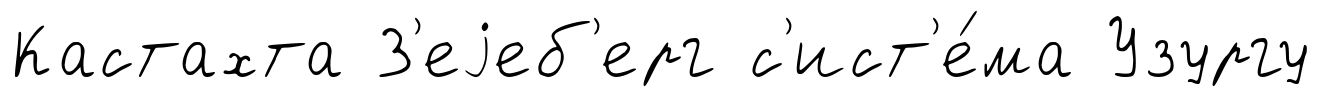
Кастахта З'еjеб'ерг с'ист'е́ма Узургу